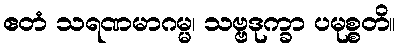
ဧတံ သရဏမာဂမ္မ၊ သဗ္ဗဒုက္ခာ ပမုစ္စတိ။